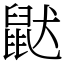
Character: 鼣